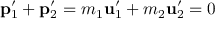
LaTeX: \mathbf { p } _ { 1 } ^ { \prime } + \mathbf { p } _ { 2 } ^ { \prime } = m _ { 1 } \mathbf { u } _ { 1 } ^ { \prime } + m _ { 2 } \mathbf { u } _ { 2 } ^ { \prime } = { \boldsymbol { 0 } }